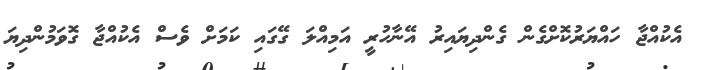
އެކުއްޖާ ހައްޔަރުކޮށްގެން ގެންދިޔައިރު އޭނާހުރީ އަމިއްލަ ގޭގައި ކަމަށް ވެސް އެކުއްޖާ ގޮވަމުންދިޔަ